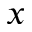
x